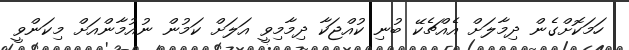
ހަމަކޮށްގެން ދިމާލަށް އެއްޗެކޭ ބުނި ކުއްޖަކާ ދިމާމިވީ އަލަށް ކަމުން ނުއުމާންއަށް މިކަންވީ